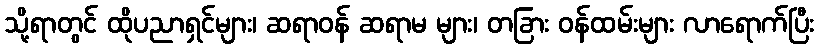
သို့ရာတွင် ထိုပညာရှင်များ၊ ဆရာဝန် ဆရာမ များ၊ တခြား ဝန်ထမ်းများ လာရောက်ပြီး